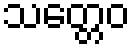
သတ္တေဝ